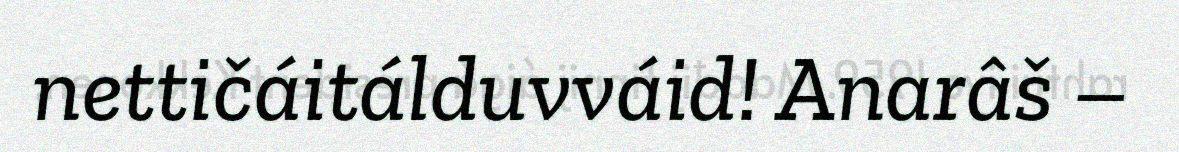
nettičáitálduvváid! Anarâš –